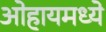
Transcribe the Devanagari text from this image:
ओहायमध्ये